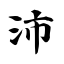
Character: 沛